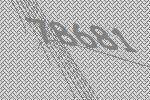
78681